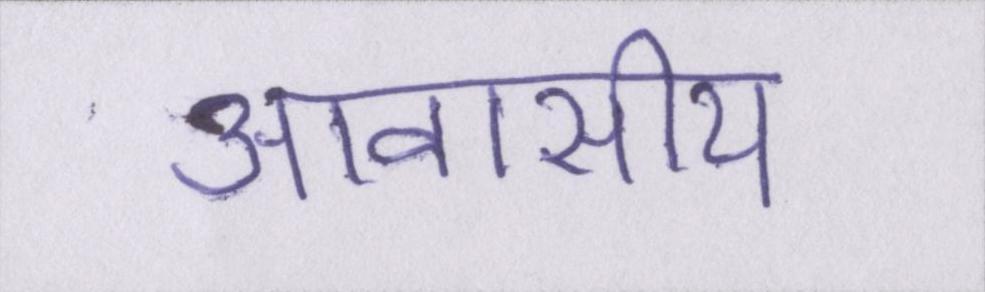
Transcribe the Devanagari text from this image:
आवासीय